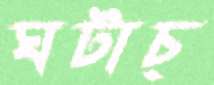
ঘটাচ্